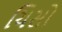
ચિસો